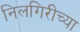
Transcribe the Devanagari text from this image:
निलगिरीच्या